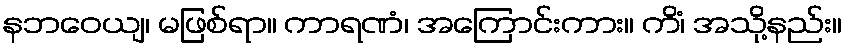
နဘဝေယျ၊ မဖြစ်ရာ။ ကာရဏံ၊ အကြောင်းကား။ ကိံ၊ အသို့နည်း။